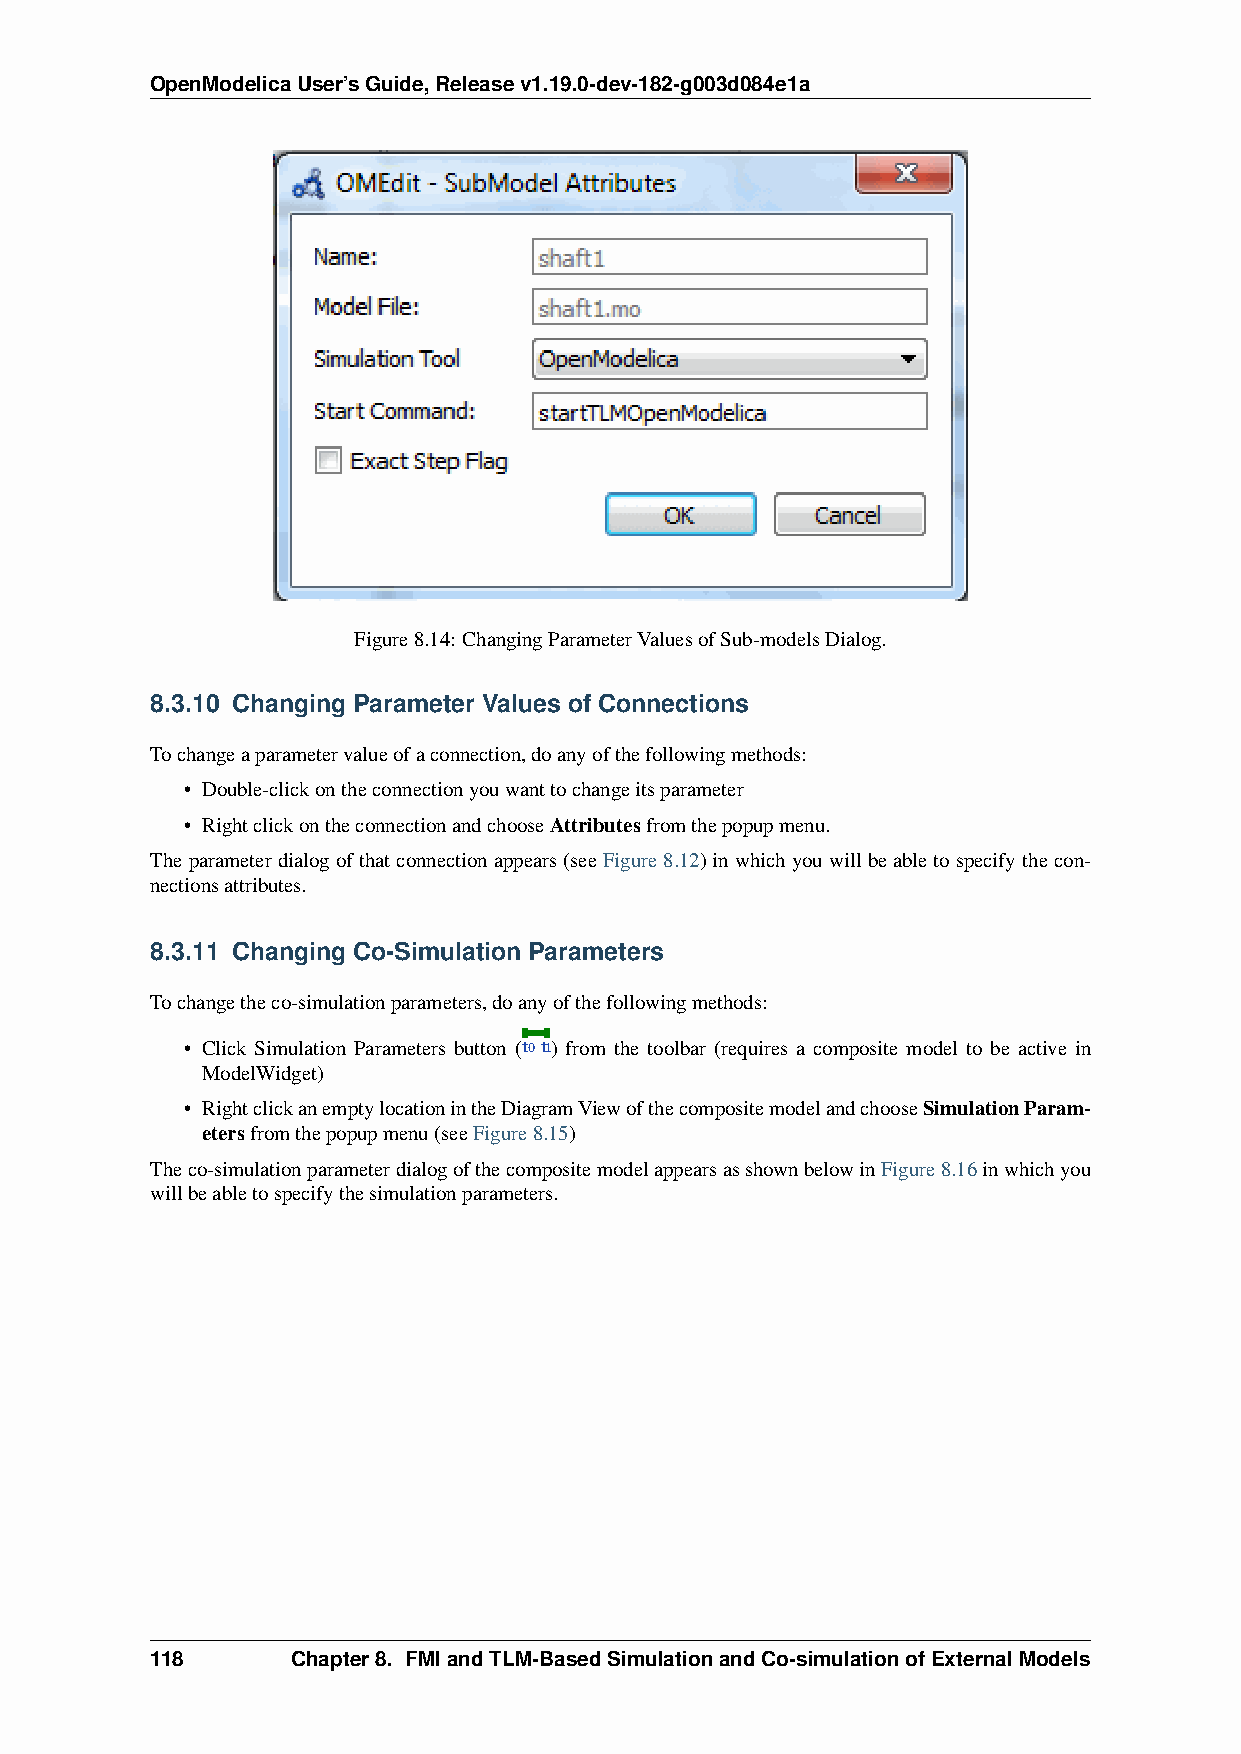
OpenModelicaUser’sGuide,Releasev1.19.0-dev-182-g003d084e1a
 Figure8.14: ChangingParameterValuesofSub-modelsDialog.
 8.3.10 Changing Parameter Values of Connections
 Tochangeaparametervalueofaconnection,doanyofthefollowingmethods:
 • Double-clickontheconnectionyouwanttochangeitsparameter
 • RightclickontheconnectionandchooseAttributesfromthepopupmenu.
 Theparameterdialogofthatconnectionappears(seeFigure8.12)inwhichyouwillbeabletospecifythecon-
 nectionsattributes.
 8.3.11 Changing Co-Simulation Parameters
 Tochangetheco-simulationparameters,doanyofthefollowingmethods:
 • Click Simulation Parameters button (t0t1) from the toolbar (requires a composite model to be active in
 ModelWidget)
 • RightclickanemptylocationintheDiagramViewofthecompositemodelandchooseSimulationParam-
 etersfromthepopupmenu(seeFigure8.15)
 Theco-simulationparameterdialogofthecompositemodelappearsasshownbelowinFigure8.16inwhichyou
 willbeabletospecifythesimulationparameters.
 118      Chapter8. FMIandTLM-BasedSimulationandCo-simulationofExternalModels